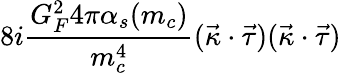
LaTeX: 8i\frac{G_{F}^{2}4\pi\alpha_{s}(m_{c})}{m_{c}^{4}}(\vec{\kappa}\cdot\vec{\tau})(\vec{\kappa}\cdot\vec{\tau})